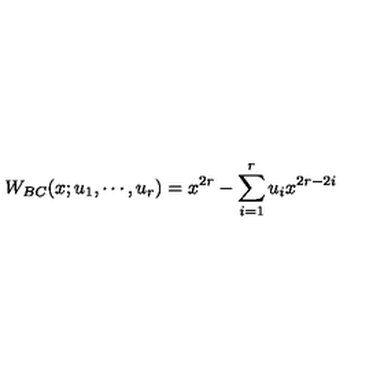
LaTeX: W _ { B C } ( x ; u _ { 1 } , \cdots , u _ { r } ) = x ^ { 2 r } - \sum _ { i = 1 } ^ { r } u _ { i } x ^ { 2 r - 2 i }